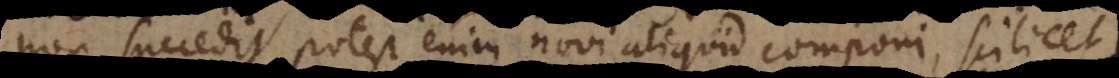
non succedit, potest enim novi aliquid componi, scilicet